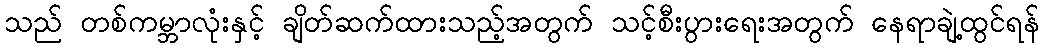
သည် တစ်ကမ္ဘာလုံးနှင့် ချိတ်ဆက်ထားသည့်အတွက် သင့်စီးပွားရေးအတွက် နေရာချဲ့ထွင်ရန်